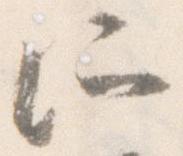
所